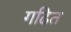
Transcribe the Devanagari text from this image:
गढित